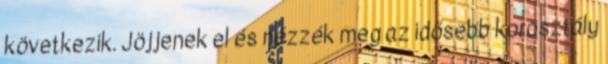
következik. Jöjjenek el és nézzék meg az idősebb korosztály